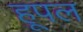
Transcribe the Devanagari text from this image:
हूपल